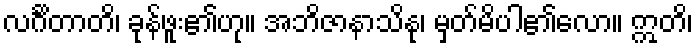
လင်္ဂိတာတိ၊ ခုန်ဖူး၏ဟု။ အဘိဇာနာသိနု၊ မှတ်မိပါ၏လော။ ဣတိ၊